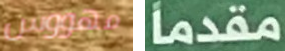
مهووس مقدما